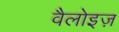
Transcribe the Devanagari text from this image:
वैलोइज़